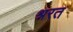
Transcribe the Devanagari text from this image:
श्ररत